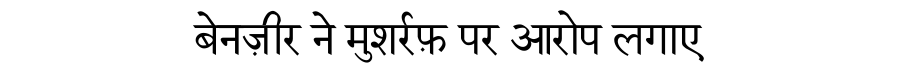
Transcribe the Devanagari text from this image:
बेनज़ीर ने मुशर्रफ़ पर आरोप लगाए